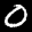
Label: 0